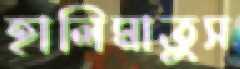
হালিমাতুস